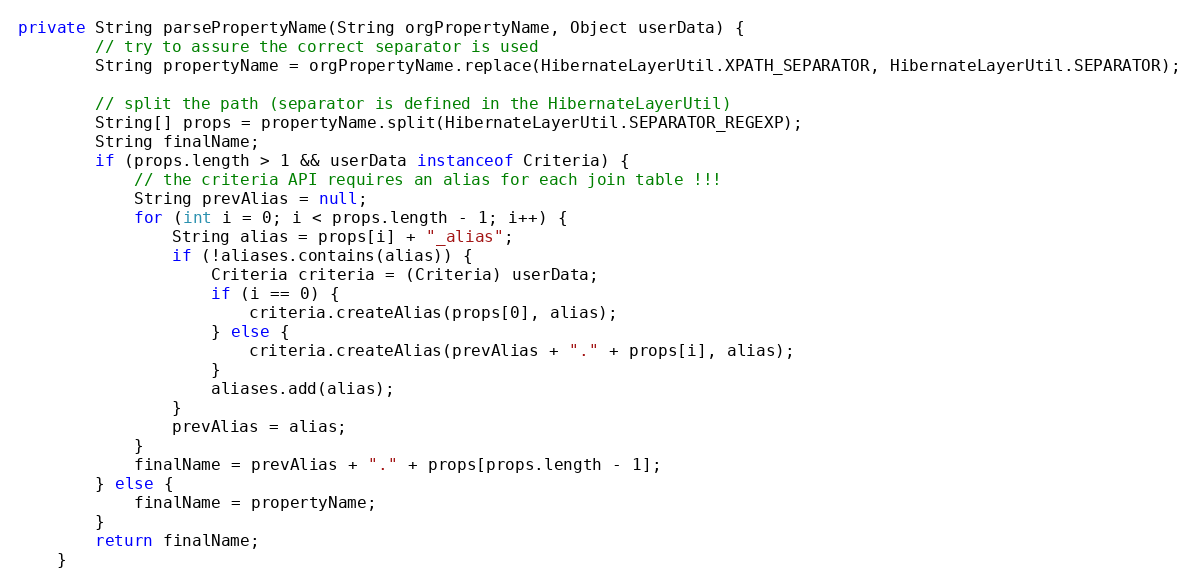
Language: Java
private String parsePropertyName(String orgPropertyName, Object userData) {
		// try to assure the correct separator is used
		String propertyName = orgPropertyName.replace(HibernateLayerUtil.XPATH_SEPARATOR, HibernateLayerUtil.SEPARATOR);

		// split the path (separator is defined in the HibernateLayerUtil)
		String[] props = propertyName.split(HibernateLayerUtil.SEPARATOR_REGEXP);
		String finalName;
		if (props.length > 1 && userData instanceof Criteria) {
			// the criteria API requires an alias for each join table !!!
			String prevAlias = null;
			for (int i = 0; i < props.length - 1; i++) {
				String alias = props[i] + "_alias";
				if (!aliases.contains(alias)) {
					Criteria criteria = (Criteria) userData;
					if (i == 0) {
						criteria.createAlias(props[0], alias);
					} else {
						criteria.createAlias(prevAlias + "." + props[i], alias);
					}
					aliases.add(alias);
				}
				prevAlias = alias;
			}
			finalName = prevAlias + "." + props[props.length - 1];
		} else {
			finalName = propertyName;
		}
		return finalName;
	}